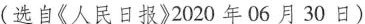
(选自《人民日报》2020年06月30日)